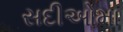
સદીઓમા